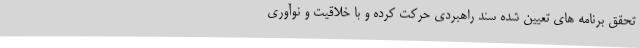
تحقق برنامه های تعیین شده سند راهبردی حرکت کرده و با خلاقیت و نوآوری